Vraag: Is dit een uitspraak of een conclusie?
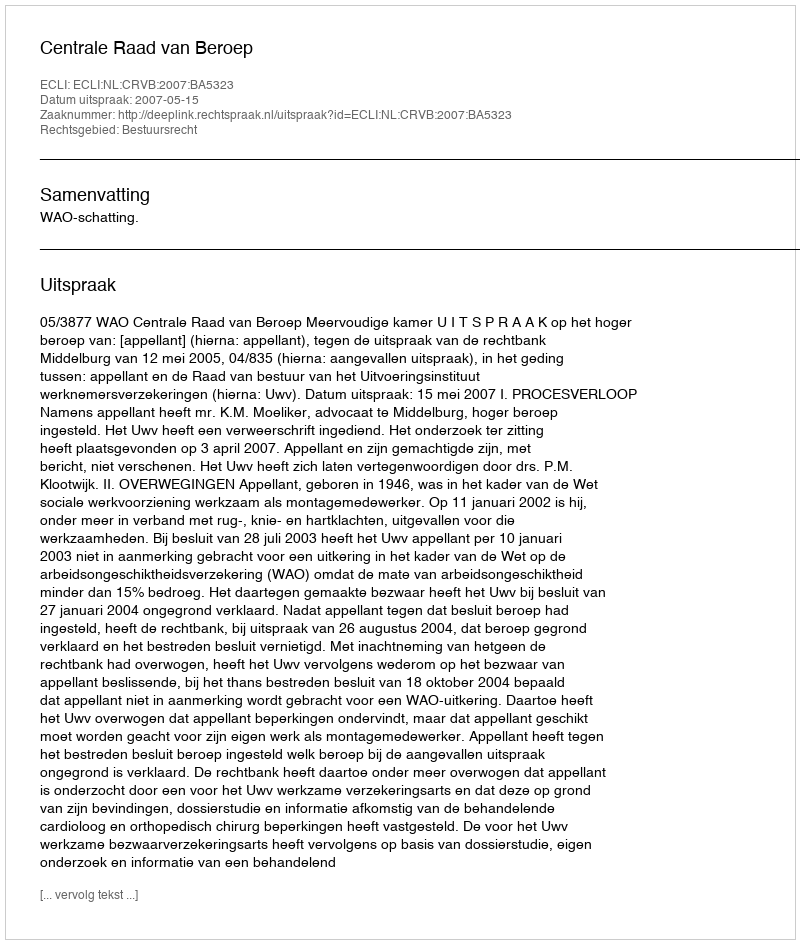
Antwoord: Uitspraak